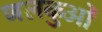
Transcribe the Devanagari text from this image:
जलकुओं